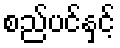
စည်ပင်နှင့်